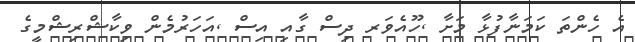
އެ ހެންތަ ކަމަނާފުޅާ މަށާ